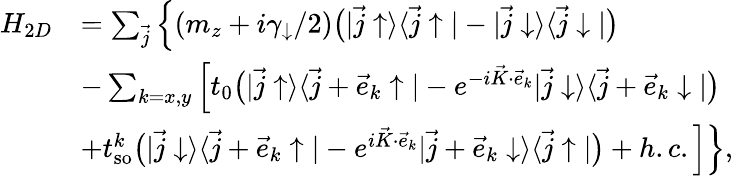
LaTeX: \begin{array}{rl}{H_{2D}}&{=\sum_{\vec{j}}\Big\{ (m_{z}+i\gamma_{\downarrow}/2)\bigr(|\vec{j}\uparrow\rangle\langle\vec{j}\uparrow|-|\vec{j}\downarrow\rangle\langle\vec{j}\downarrow|\bigr)}\\ &{-\sum_{k=x,y}\Big[t_{0}\bigr(|\vec{j}\uparrow\rangle\langle\vec{j}+\vec{e}_{k}\uparrow|-e^{-i\vec{K}\cdot\vec{e}_{k}}|\vec{j}\downarrow\rangle\langle\vec{j}+\vec{e}_{k}\downarrow|\bigr)}\\ &{+t_{\mathrm{so}}^{k}\bigr(|\vec{j}\downarrow\rangle\langle\vec{j}+\vec{e}_{k}\uparrow|-e^{i\vec{K}\cdot\vec{e}_{k}}|\vec{j}+\vec{e}_{k}\downarrow\rangle\langle\vec{j}\uparrow|\bigr)+h.c.\Big]\Big\} ,}\end{array}